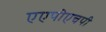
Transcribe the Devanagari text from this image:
एएपीएचपी